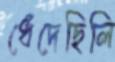
ধেঁদেছিলি